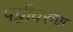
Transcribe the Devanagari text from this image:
पट्टीवरुण